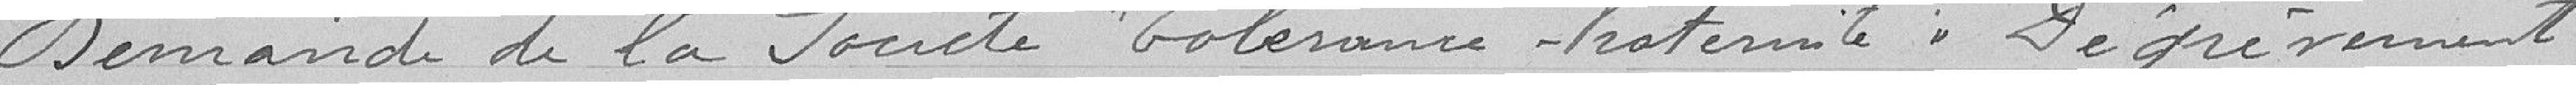
Demande de la société tolérance, fraternité, dégrèvement